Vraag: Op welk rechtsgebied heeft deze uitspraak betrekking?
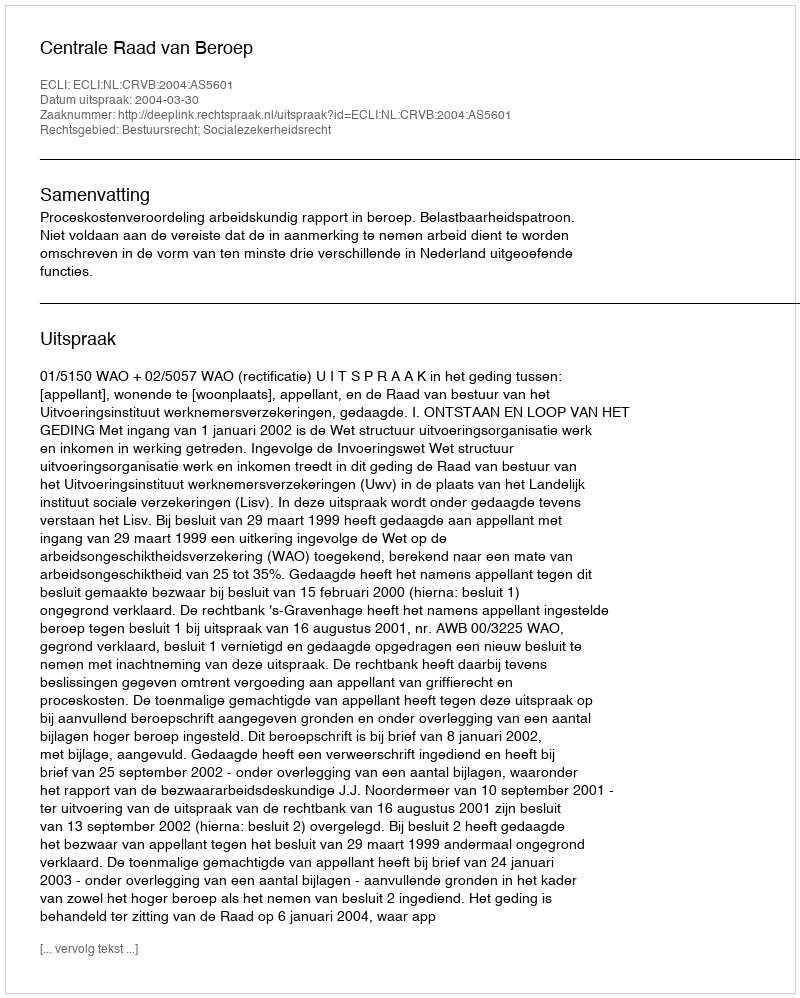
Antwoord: Bestuursrecht; Socialezekerheidsrecht